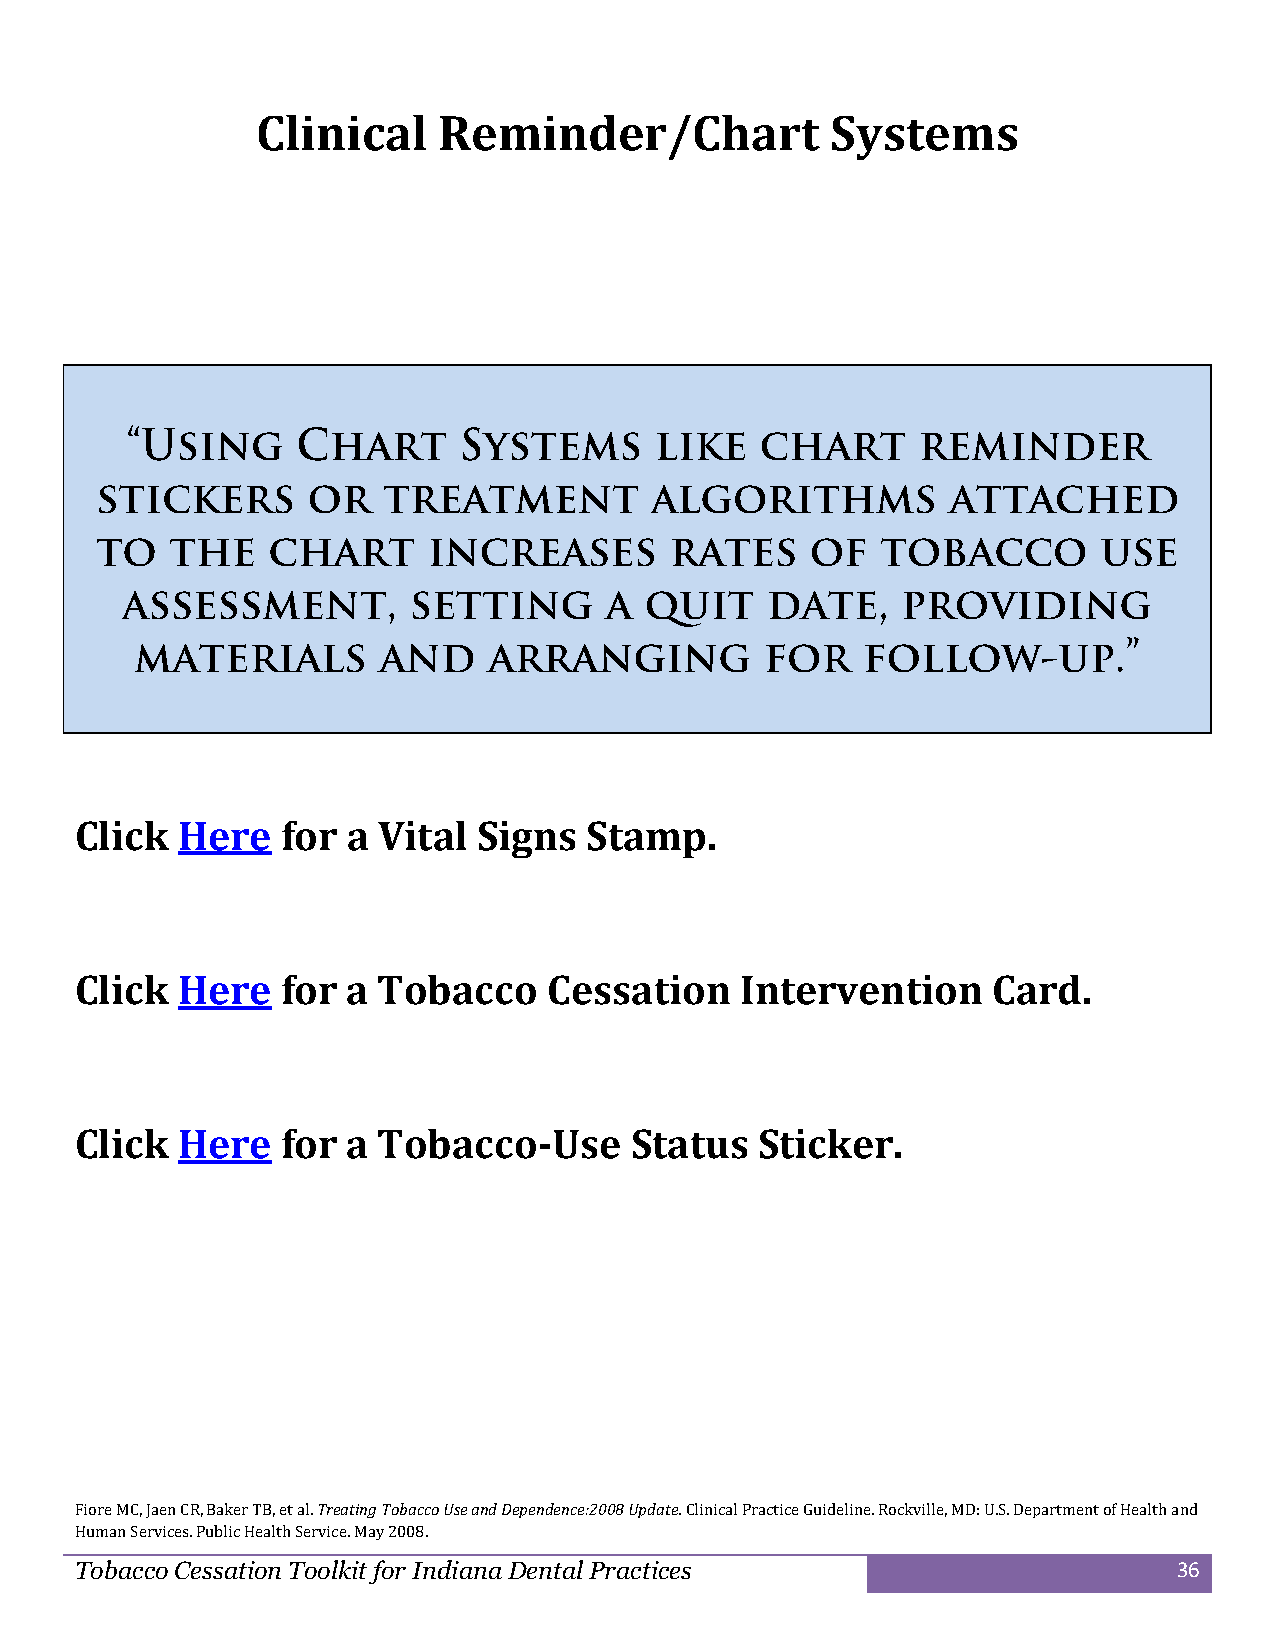
Clinical    Reminder/Chart            Systems
 Click  Here   for a Vital  Signs  Stamp.
 Click  Here   for a Tobacco    Cessation    Intervention     Card.
 Click  Here   for a Tobacco-Use      Status  Sticker.
 Fiore MC, Jaen CR, Baker TB, et al. Treating Tobacc o Use and Dependence:2008 Update. Clinica l Practice Guideline. Rockville, MD: U.S. Department of Health and
 Human Services. Public Health Service. May 2008.
 Tobacco Cessation Toolkit for Indiana Dental Practices                   36